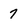
Character: 7